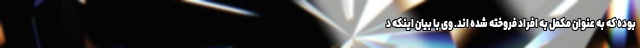
بوده که به عنوان مکمل به افراد فروخته شده اند. وی با بیان اینکه د